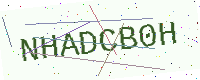
Text: NHADCB0H